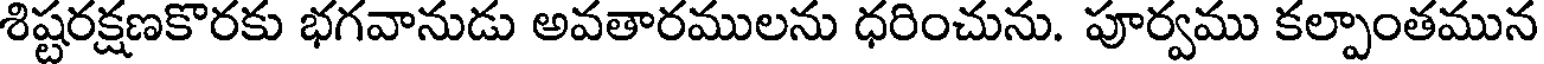
శిష్టరక్షణకొరకు భగవానుడు అవతారములను ధరించును. పూర్వము కల్పాంతమున